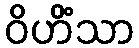
ဝိဟိံသာ